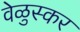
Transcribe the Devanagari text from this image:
वेळुस्कर